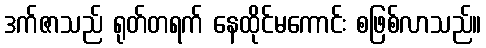
ဒက်ဇာသည် ရုတ်တရက် နေထိုင်မကောင်း စဖြစ်လာသည်။